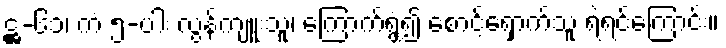
ဋ္ဌ-၆၁၊ ကံ ၅-ပါး လွန်ကျူးသူ၊ ကြောက်ရွံ့၍ စောင့်ရှောက်သူ ရဲရင့်ကြောင်း။